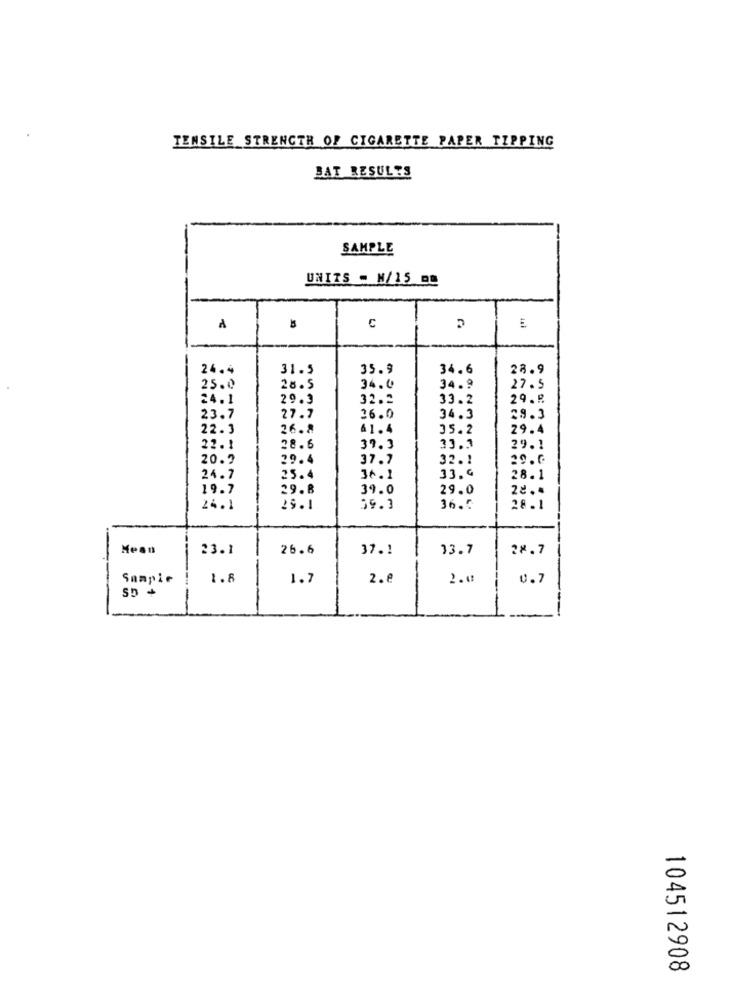
TENSILE STRENGTH OF CIGARETTE PAPER TIPPING
BAT RESULTS
SAMPLE
UNITS - N/15 DO
C
-
24.4
31.5
35.9
34.6
28.9
25.0
28.5
34.0
34.9
27.5
24.1
29.3
32.2
33.2
29.8
23.7
27.7
26.0
34.3
29.3
22.3
26.8
61.4
35.2
29.4
22.1
28.6
39.3
33.3
29.1
20.9
29.4
37.7
32.1
29.6
24.7
25.4
36.1
33.4
28.1
19.7
29.8
39.0
29.0
24.1
25.1
59.3
36.0
28.1
Mean
23.1
26.6
37.1
13.7
28.7
Sample
1.8
1.7
2.e
2.0
0.7
55 +
104512908